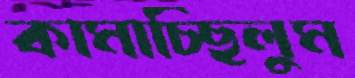
কামাচ্ছিলুম